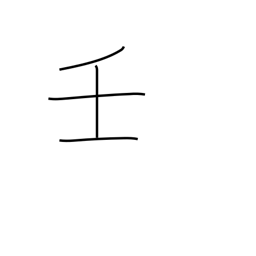
Meaning: 9th calendar sign